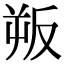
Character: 𭆯